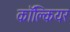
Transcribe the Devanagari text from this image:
काॅक्लियर